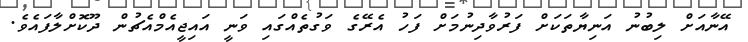
އޭނާއަށް ލިބުނު އަނިޔާތަކަށް ފަރުވާދިނުމަށް ފަހު އެރޭގެ ވަގުތެއްގައި ވަނީ އައިޖީއެމްއެޗުން ދޫކޮށްލާފައެވެ.